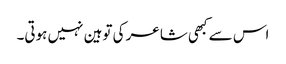
اس سے کبھی شاعر کی توہین نہیں ہوتی۔